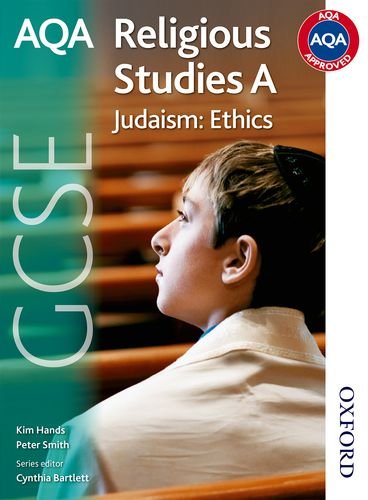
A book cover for AQA GCSE Religious Studies A - Judaism: Ethics; Teen & Young Adult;